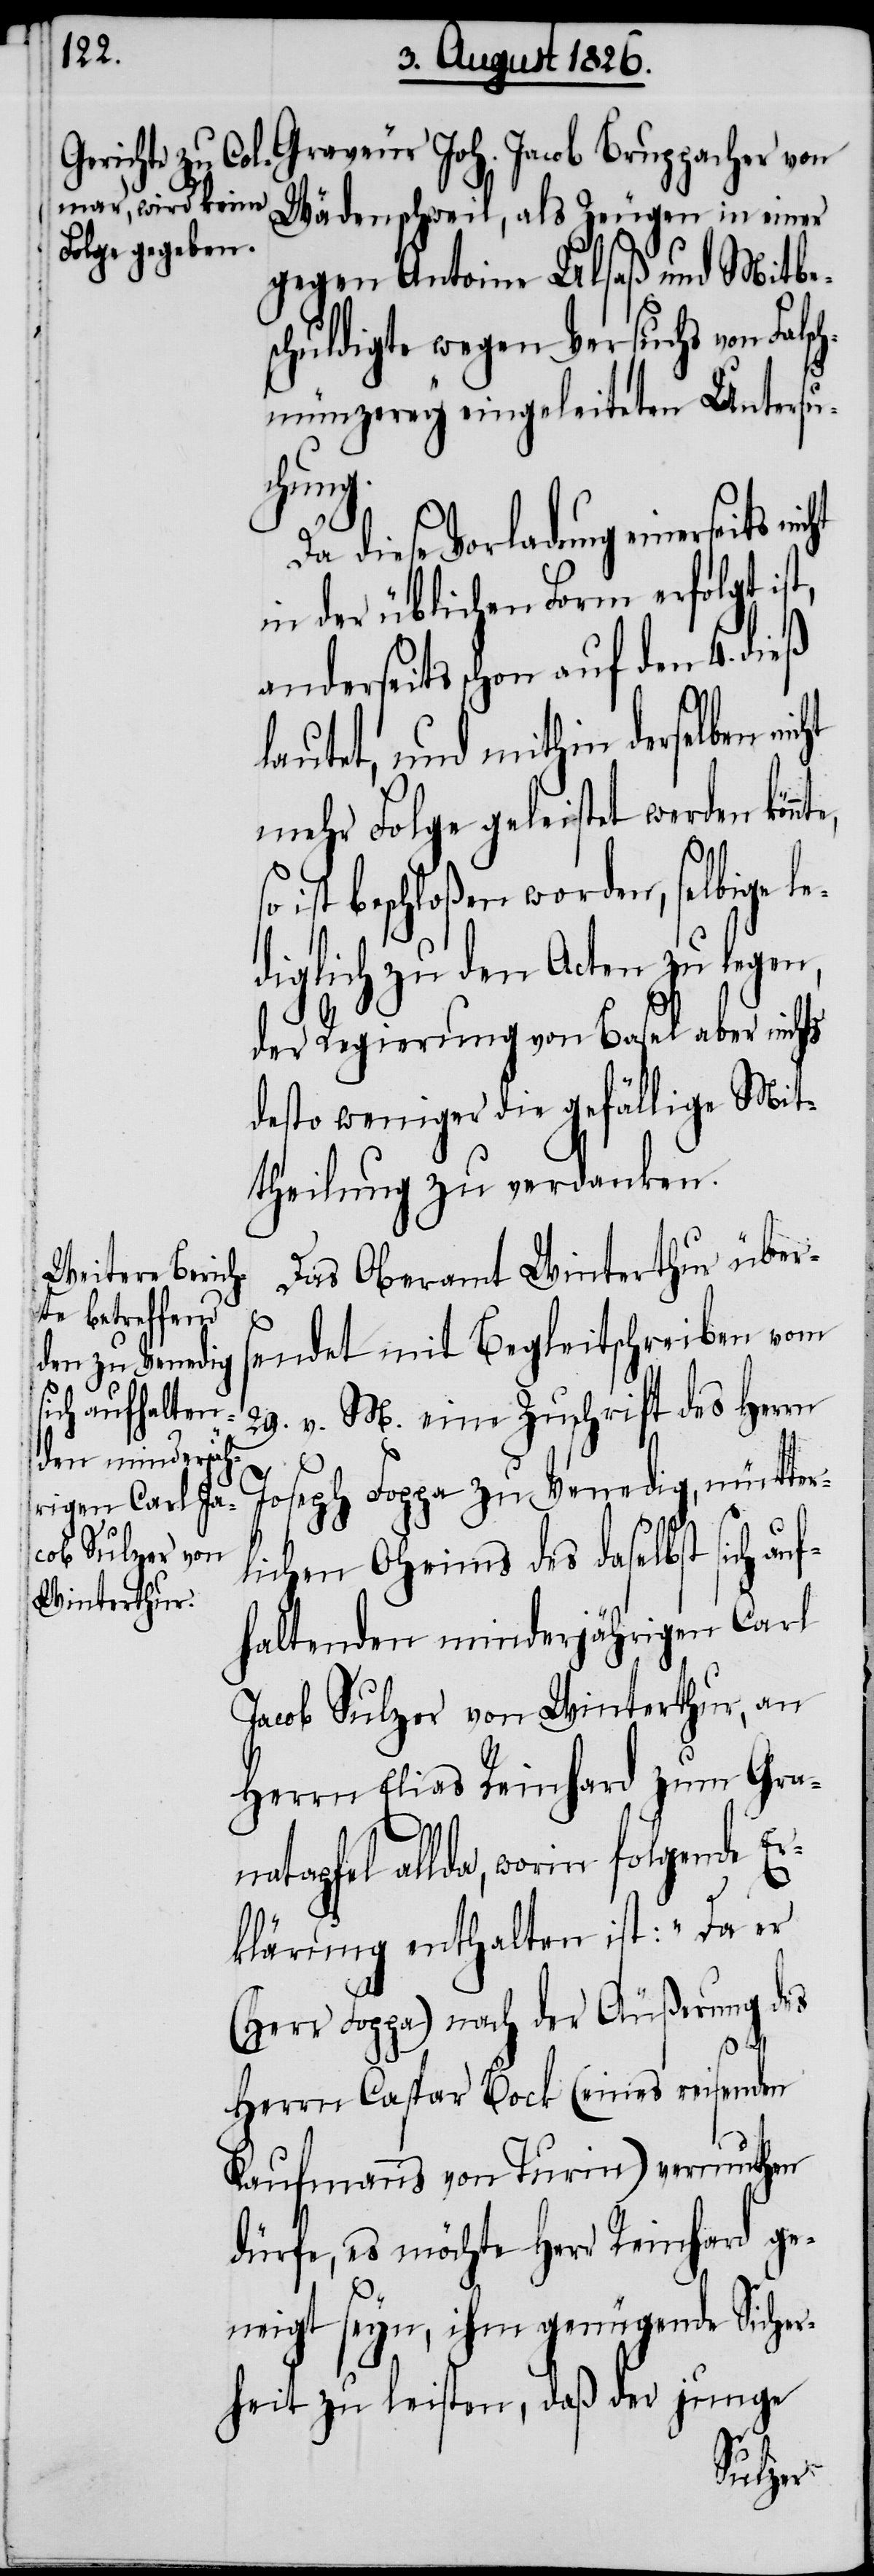
Wädenschweil, als Zeugen in einer
gegen Antoine Ulsaß und Mitbe¬
schuldigte wegen Versuchs von Fals¬
chmünzerey eingeleiteten Untersu¬
chung.
Da diese Vorladung einerseits
in der üblichen Form erfolgt
anderseits schon auf den 4. dieß
lautet, und mithin derselben
mehr Folge geleistet werden könn¬
ist beschloßen worden, selbige l¬
diglich zu den Acten zu legen,
der Regierung von Basel aber nichts
desto weniger die gefällige Mit¬
theilung zu verdanken.
Das Oberamt Winterthur übers¬
endet mit Begleitschreiben vom
29. v. M. eine Zuschrift des Herrn
Joseph Foppa zu Venedig, mütter¬
e¬
lichen Oheims des daselbst sich au¬
fhaltenden minderjährigen Carl
Jacob Sulzer von Winterthur, an
Herrn Elias Reinhard zum Gran¬
atapfel allda, worin folgende Er¬
klärung enthalten ist: „Da er
(Herr Foppa) nach der Äußerung des
te,
so
Herrn Caspar Bock (eines reisenden
Kaufmanns von Turin) vermuthen
dürfe, es möchte Herr Reinhard ge¬
neigt seyn, ihm genügende Sicher¬
heit zu leisten, daß der junge